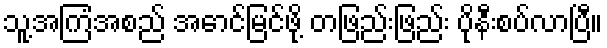
သူ့အကြံအစည် အောင်မြင်ဖို့ တဖြည်းဖြည်း ပိုနီးစပ်လာပြီ။